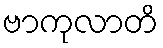
ဗာကုလာတိ